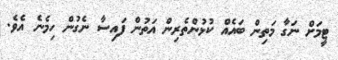
ޓީމަށް ނަގާ މަތިން ބައެއް ކުޅުންތެރިން އަތުން ފައިސާ ނެގުން ހިމެނެ އެވެ.